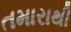
તમારાથી